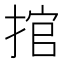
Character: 捾